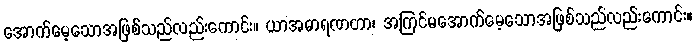
အောက်မေ့သောအဖြစ်သည်လည်းကောင်း။ ယာအဓာရဏတာ၊ အကြင်မအောက်မေ့သောအဖြစ်သည်လည်းကောင်း။